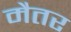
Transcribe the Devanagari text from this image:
मैतर